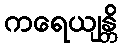
ကရေယျန္တိ